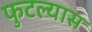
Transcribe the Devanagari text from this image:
फुटल्यास